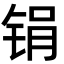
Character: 𫓶